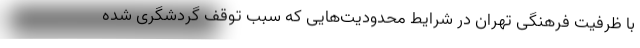
با ظرفیت فرهنگی تهران در شرایط محدودیت‌هایی که سبب توقف گردشگری شده